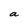
Character: a